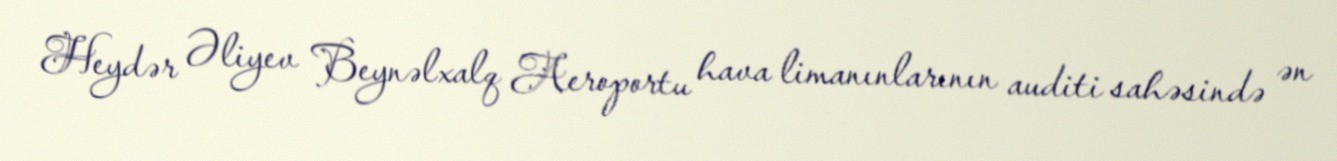
Heydər Əliyev Beynəlxalq Aeroportu hava limanınlarının auditi sahəsində ən